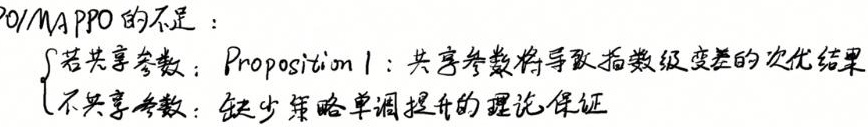
20/MA PPO 的不足：
若共享参数：Proposition 1：共享参数将导致指数级变差的次优结果
不共享参数：缺少策略单调提升的理论保证